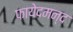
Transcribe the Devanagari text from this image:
फायेदमन्द